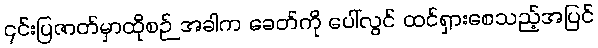
၎င်းပြဇာတ်မှာထိုစဉ် အခါက ခေတ်ကို ပေါ်လွင် ထင်ရှားစေသည့်အပြင်